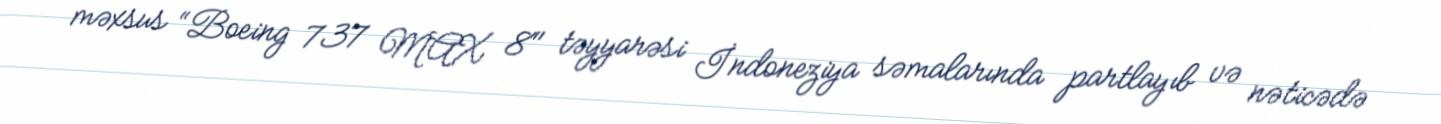
məxsus “Boeing 737 MAX 8" təyyarəsi İndoneziya səmalarında partlayıb və nəticədə